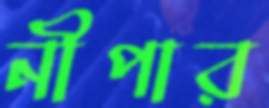
নীপার